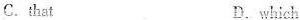
C.that D.which